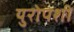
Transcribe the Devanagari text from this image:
युरोपशी